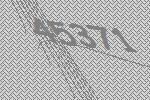
45371